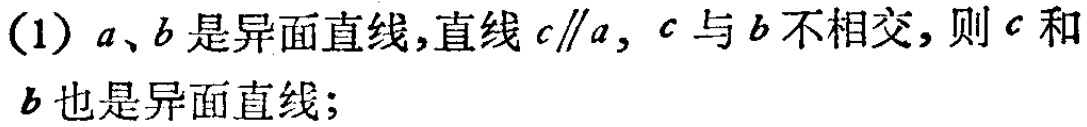
(1) \(a、b\)是异面直线,直线\(c\parallel a\), \(c\)与\(b\)不相交, 则\(c\)和\(b\)也是异面直线;